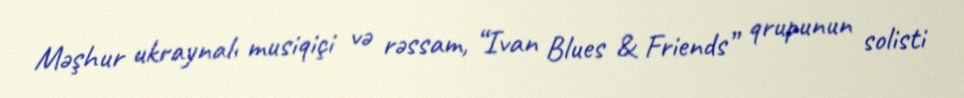
Məşhur ukraynalı musiqiçi və rəssam, “Ivan Blues & Friends” qrupunun solisti